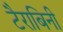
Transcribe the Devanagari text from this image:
टैराबिनी